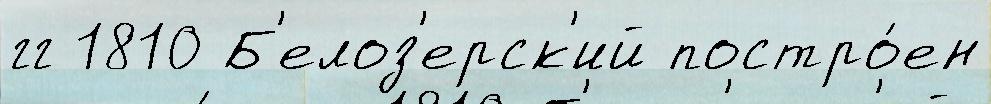
гг 1810 Б'елоз'ерск'ий постро́ен